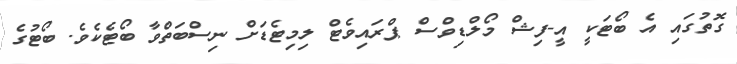
ގޮތުގައި އެ ބޯޓަކީ އީ-ފިޝް މޯލްޑިވްސް ޕްރައިވެޓް ލިމިޓެޑަށް ނިސްބަތްވާ ބޯޓެކެވެ. ބޯޓުގެ